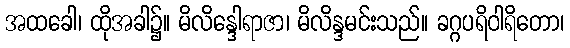
အထခေါ၊ ထိုအခါ၌။ မိလိန္ဒေါရာဇာ၊ မိလိန္ဒမင်းသည်။ ခဂ္ဂပရိဝါရိတော၊